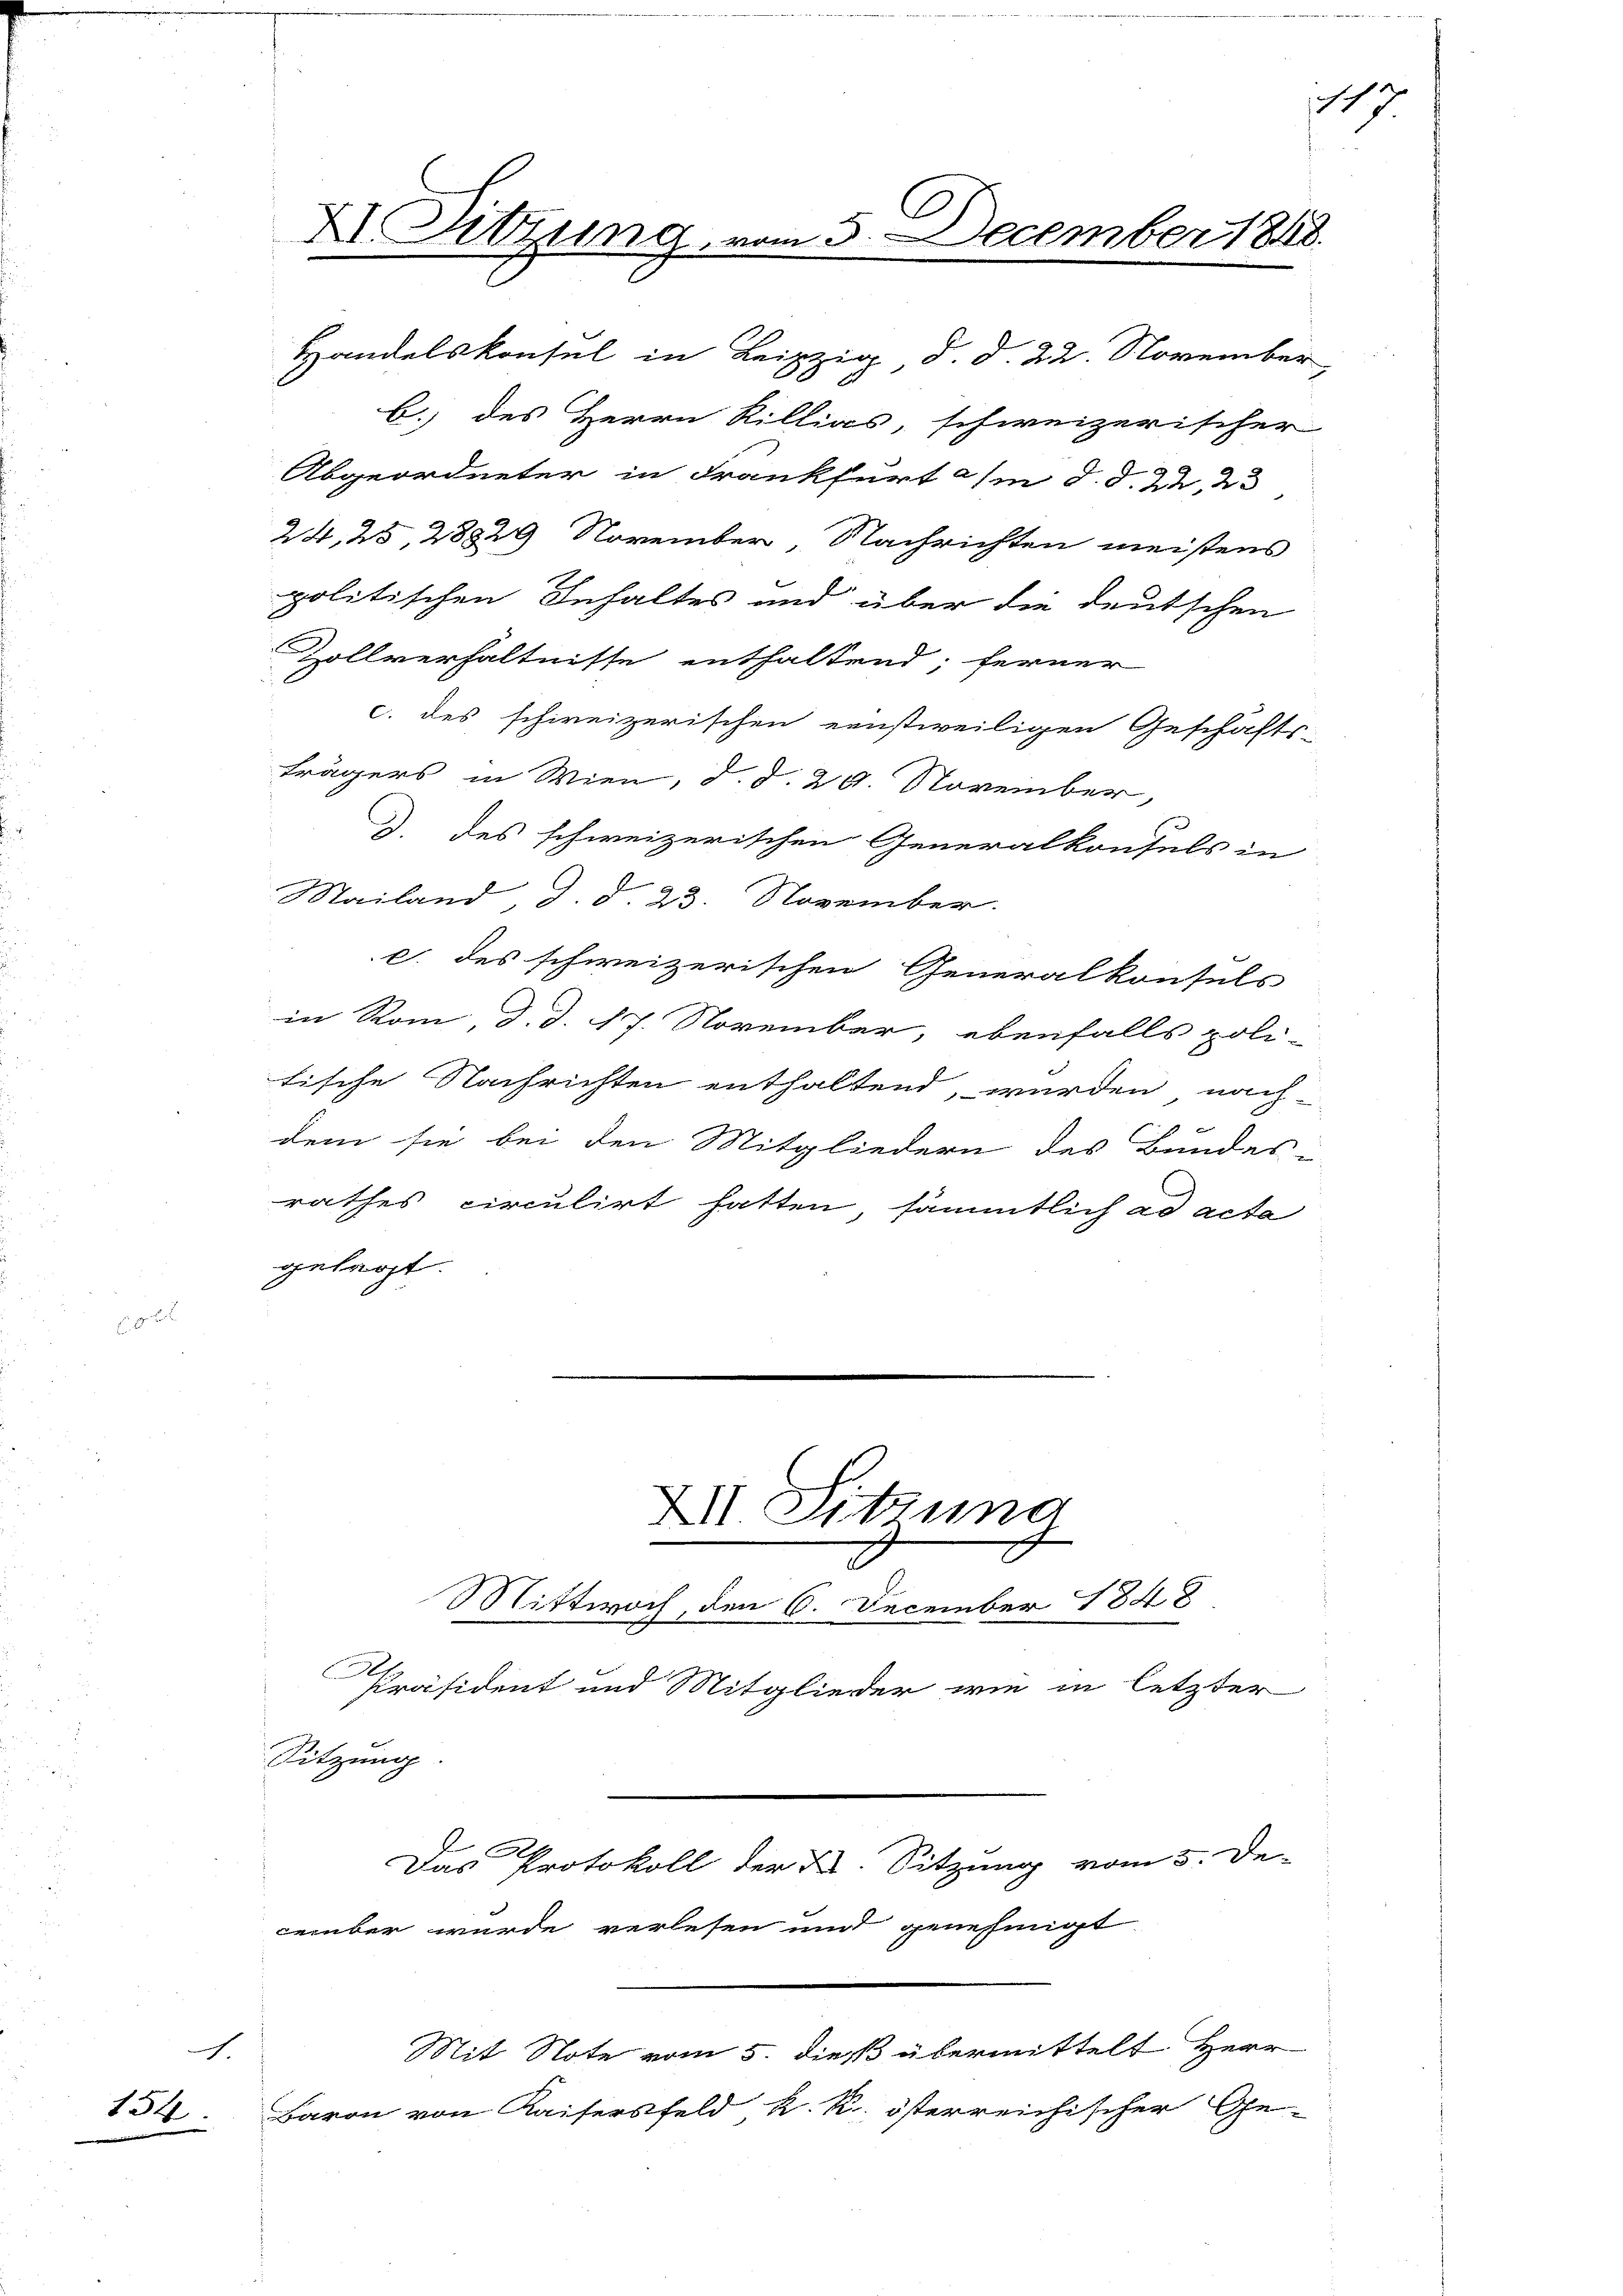
154

.

Handelskonsul in Leipzig d. d. 22. November
b. des Herrn Rillias, schweizerischer
Abgeordneter in Frankfurt a/m d. d. 2. 23
24, 23, 28829 November, Nachrichten meistens
politischen Inhaltes und über die deutschen
Zollverhältnisse enthaltend; ferner
c. des schweizerischen einstweiligen Geschäfts-
trägers in Wien, d. d. 20. November,
J. des schweizerischen Generalkonfels in
Mailand, d. d. 23. November.
c. des schweizerischen Generalkonsuls
in Rom, d. d. 17. November, ebenfalls politische Nachrichten enthaltend, werden nach
dem sie bei den Mitgliedern des Bundes
rathes circulirt hatten sämmtlich ad acta
gelegt.

XI. Sitzung vom 5. December 1848.

Sitzung.

.

XII. Sitzung
Mittwoch, den 6. December 1848

cember wurde verlesen und genehmigt

Präsident und Mitglieder wie in letzter

Das Protokoll der K. Sitzung vom 5. De-

Mit Note vom 5. dieß übermittelt Herr
Baron von Kaisersfeld, k. k. österreichischer Ge-

7